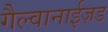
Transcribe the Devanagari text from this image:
गैल्वानाईज़ड